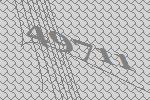
49711